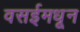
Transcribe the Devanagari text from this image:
वसईमधून